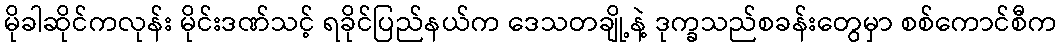
မိုခါဆိုင်ကလုန်း မိုင်းဒဏ်သင့် ရခိုင်ပြည်နယ်က ဒေသတချို့နဲ့ ဒုက္ခသည်စခန်းတွေမှာ စစ်ကောင်စီက